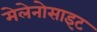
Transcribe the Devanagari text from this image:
मेलेनोसाइट